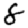
Digit: 8